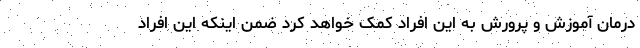
درمان آموزش و پرورش به این افراد کمک خواهد کرد ضمن اینکه این افراد